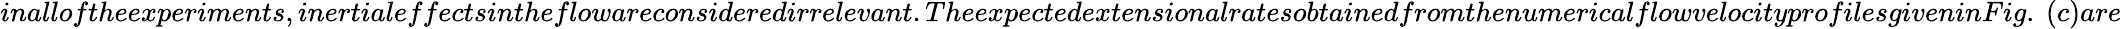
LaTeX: inalloftheexperiments,inertialeffectsintheflowareconsideredirrelevant.TheexpectedextensionalratesobtainedfromthenumericalflowvelocityprofilesgiveninFig.~(c)are